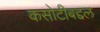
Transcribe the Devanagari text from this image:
कसोटीबद्दल